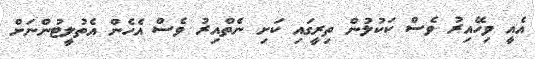
އެއީ ވިހޭއިރު ވެސް ކަކުލުން ތިރީގައި ކަށި ނެތްއިރު ވެސް އެހެން އެތުލީޓުންނަށް